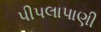
પીપલાપાણી